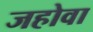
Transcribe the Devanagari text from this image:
जहोवा